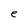
Character: e